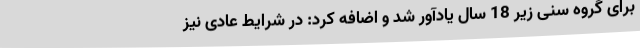
برای گروه سنی زیر 18 سال یادآور شد و اضافه کرد: در شرایط عادی نیز